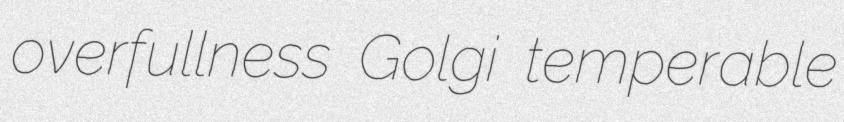
overfullness Golgi temperable